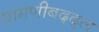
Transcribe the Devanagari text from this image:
धामणीबद्द्ल